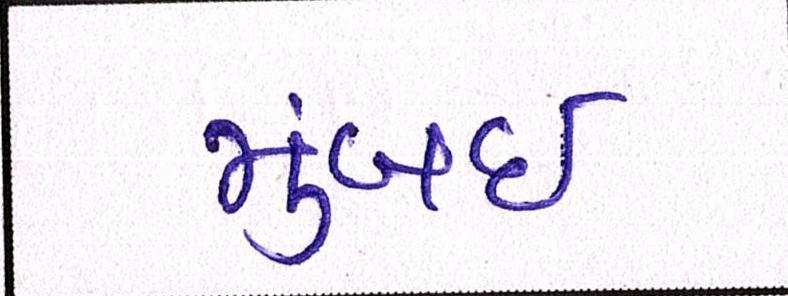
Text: મુંબઈઃ